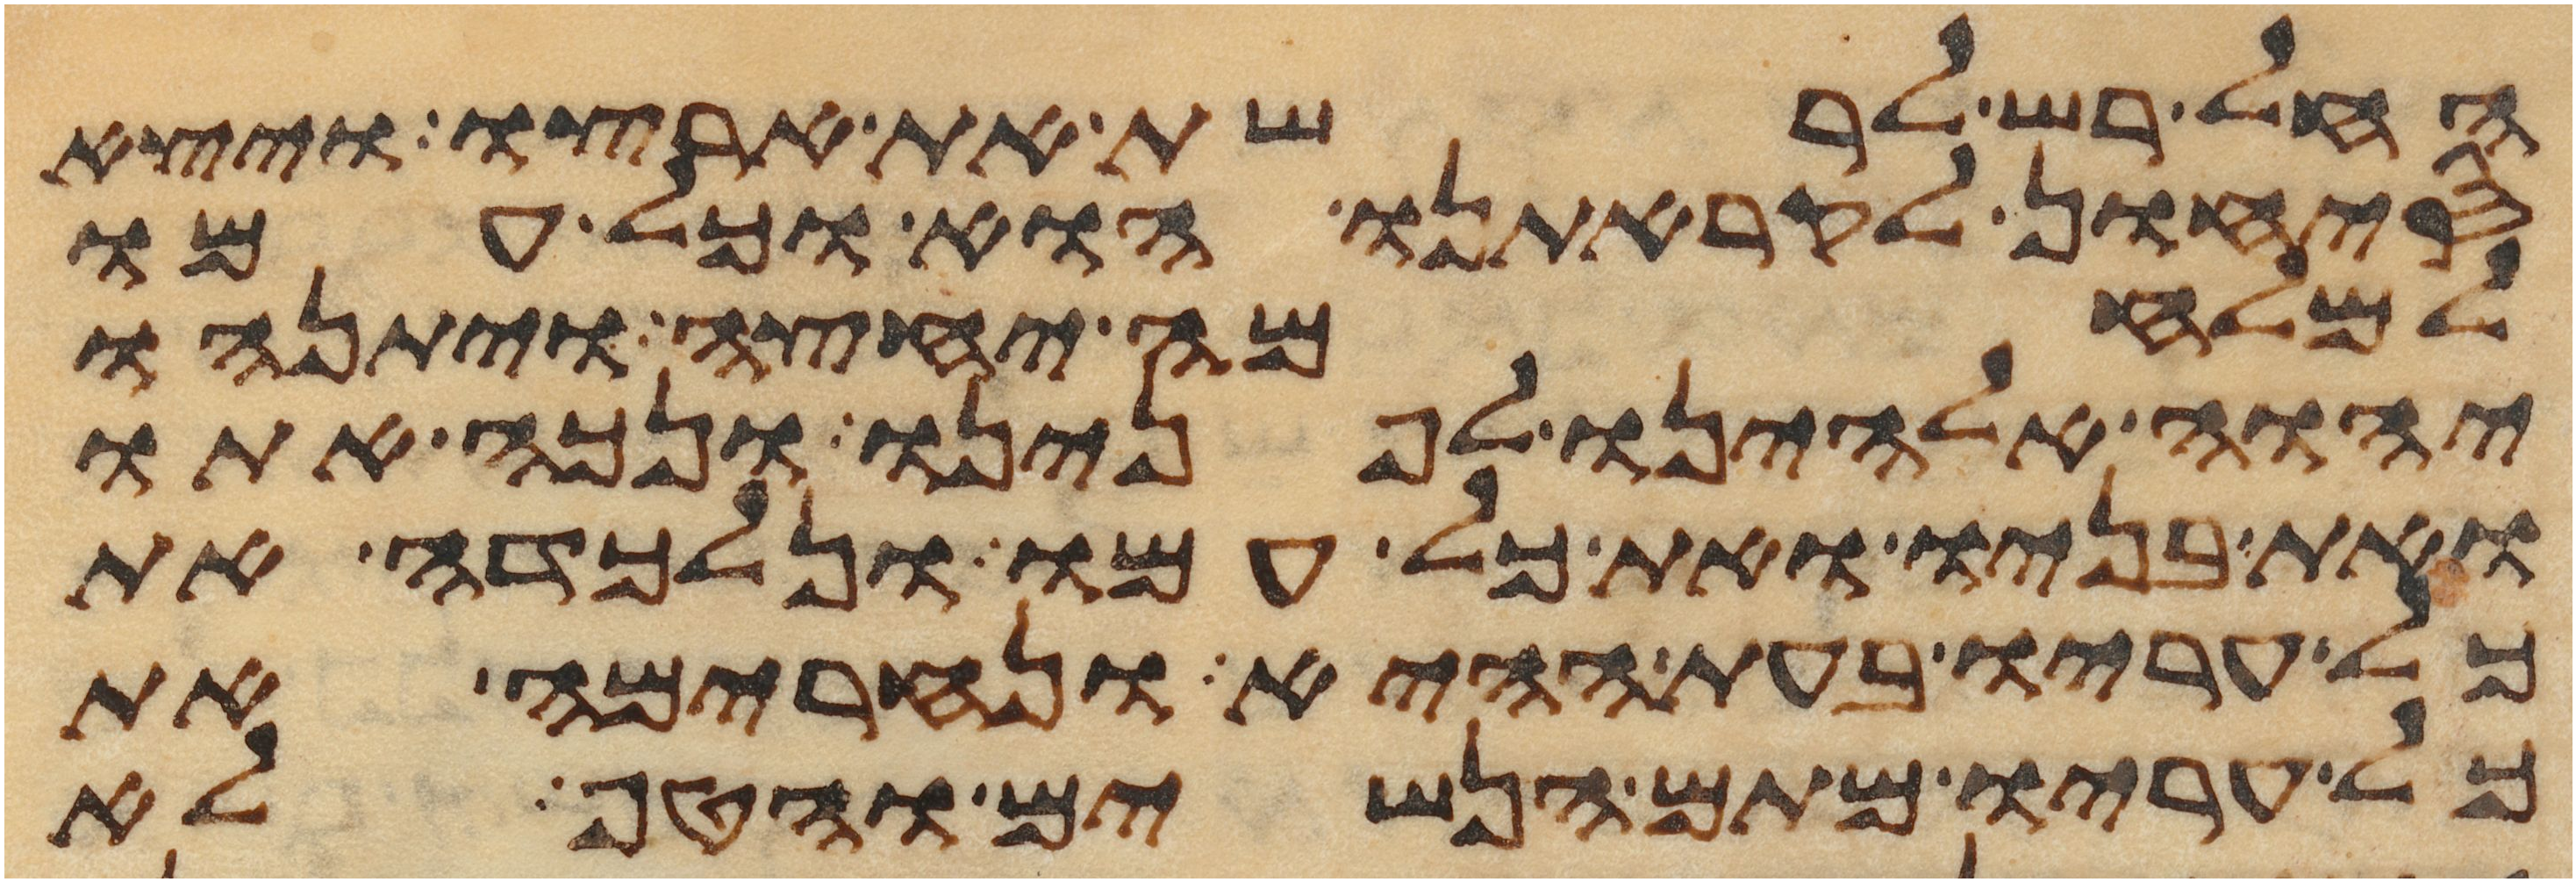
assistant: החל רש לרשת את ארצו ויצא
סיחון לקראתנו הוא וכל עמו
למלחמה יחצה ויתנהו
יהוה אלהינו לפנינו ונכה אתו
ואת בניו ואת כל עמו ונלכדה את
כל עריו בעת ההיא ונחרימה את
כל עריו מתם הנשים והטף לא